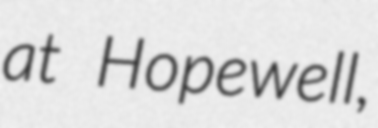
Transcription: at Hopewell,